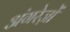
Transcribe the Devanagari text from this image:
अंगरेज़ों